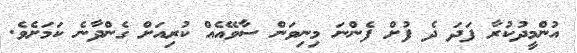
އުންމީދުކުރާ ފަދަ ދެ ފުށް ފެންނަ މިނިވަން ސާވޭއެއް ކުރިއަށް ގެންދާނެ ކަމަށެވެ.